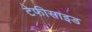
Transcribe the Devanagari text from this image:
टेफीसाइड